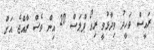
ރައީސް ވަހީދު ވިދާޅުވީ ރިއޯ ޕްލަސް 20 އިން ވެސް ރާއްޖެ އަށް